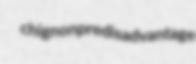
chignon predisadvantage